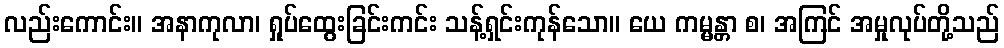
လည်းကောင်း။ အနာကုလာ၊ ရှုပ်ထွေးခြင်းကင်း သန့်ရှင်းကုန်သော။ ယေ ကမ္မန္တာ စ၊ အကြင် အမှုလုပ်တို့သည်